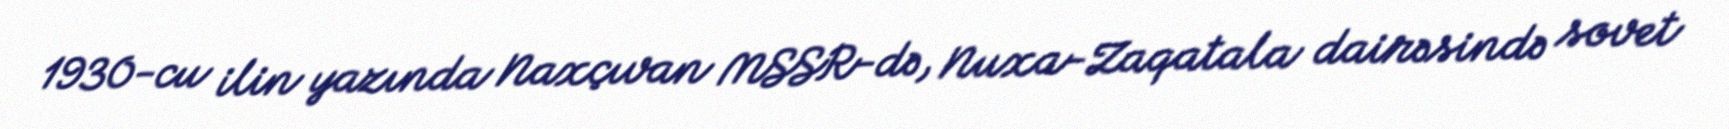
1930-cu ilin yazında Naxçıvan MSSR-də, Nuxa-Zaqatala dairəsində sovet